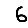
Digit: 6